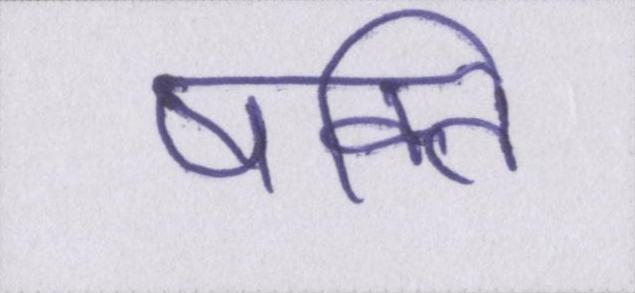
षक्ति